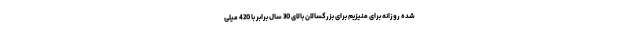
شده روزانه برای منیزیم برای بزرگسالان بالای 30 سال برابر با 420 میلی